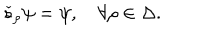
\check { s } _ { \rho } \psi = \psi , \quad \forall \rho \in \Delta .